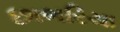
છાભરિયા